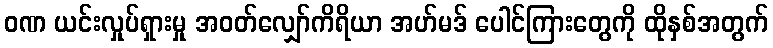
ဝဏ ယင်းလှုပ်ရှားမှု အဝတ်လျှော်ကိရိယာ အဟ်မဒ် ပေါင်ကြားတွေကို ထိုနှစ်အတွက်